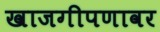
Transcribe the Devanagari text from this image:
खाजगीपणावर